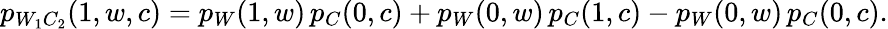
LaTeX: \begin{array}{r}{p_{W_{1}C_{2}}(1,w,c)=p_{W}(1,w)\, p_{C}(0,c)+p_{W}(0,w)\, p_{C}(1,c)-p_{W}(0,w)\, p_{C}(0,c).}\end{array}